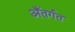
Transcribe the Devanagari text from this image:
अँतर्गत